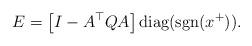
LaTeX: \begin{align*}E= \left[I-A^\top Q A \right]\mbox{diag}(\mbox{sgn}(x^+)).\end{align*}